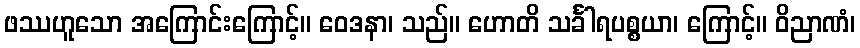
ဖဿဟူသော အကြောင်းကြောင့်။ ဝေဒနာ၊ သည်။ ဟောတိ သင်္ခါရပစ္စယာ၊ ကြောင့်။ ဝိညာဏံ၊